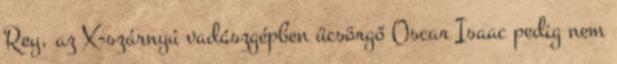
Rey, az X-szárnyú vadászgépben ücsörgő Oscar Isaac pedig nem